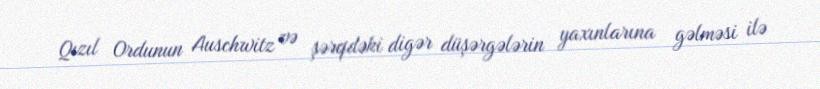
Qızıl Ordunun Auschwitz və şərqdəki digər düşərgələrin yaxınlarına gəlməsi ilə